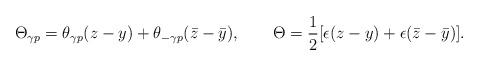
\begin{align*}\Theta_{\gamma p}=\theta_{\gamma p}(z-y)+\theta_{-\gamma p}(\bar z-\bar y),~~~~~~\Theta = \frac{1}{2}[\epsilon(z-y)+\epsilon(\bar z-\bar y)].\end{align*}